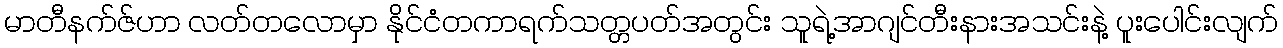
မာတီနက်ဇ်ဟာ လတ်တလောမှာ နိုင်ငံတကာရက်သတ္တပတ်အတွင်း သူရဲ့အာဂျင်တီးနားအသင်းနဲ့ ပူးပေါင်းလျက်